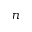
n